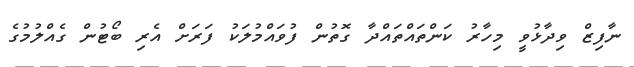
ނާފިޒް ވިދާޅުވީ މިހާރު ކަންތައްތައްދާ ގޮތުން ފުވައްމުލަކު ފަރަށް އެރި ބޯޓުން ގެއްލުމުގެ